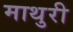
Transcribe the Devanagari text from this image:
माथुरी